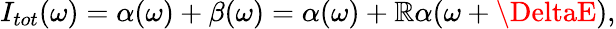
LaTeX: I_{tot}(\omega)=\alpha(\omega)+\beta(\omega)=\alpha(\omega)+\mathbb{R}\alpha(\omega+\DeltaE),